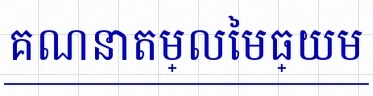
គណនាតម្លៃមធ្យម